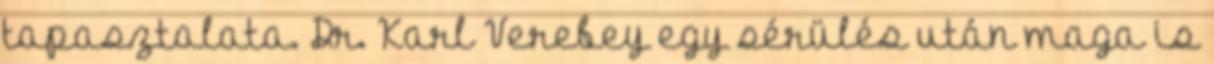
tapasztalata. Dr. Karl Verebey egy sérülés után maga is